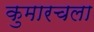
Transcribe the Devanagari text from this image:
कुमारचला